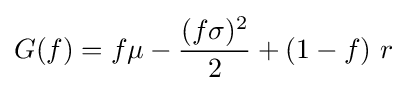
G(f)=f\mu -{\frac {(f\sigma )^{2}}{2}}+(1-f)\ r